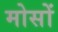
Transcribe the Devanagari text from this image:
मोसों